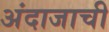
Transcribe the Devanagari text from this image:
अंदाजाची